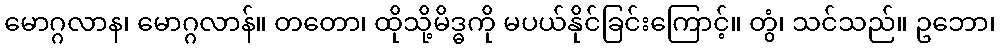
မောဂ္ဂလာန၊ မောဂ္ဂလာန်။ တတော၊ ထိုသို့မိဒ္ဓကို မပယ်နိုင်ခြင်းကြောင့်။ တွံ၊ သင်သည်။ ဥဘော၊